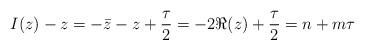
LaTeX: \begin{align*} I(z)-z= -\bar z - z + \frac{\tau}{2}= -2\Re(z) + \frac{\tau}{2} =n + m\tau \end{align*}